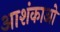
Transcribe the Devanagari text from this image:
आशंकाओ